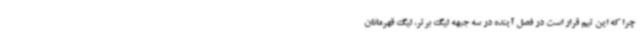
چرا که این تیم قرار است در فصل آینده در سه جبهه لیگ برتر، لیگ قهرمانان